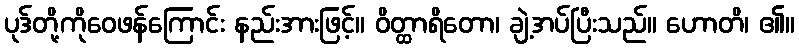
ပုဒ်တို့ကိုဝေဖန်ကြောင်း နည်းအားဖြင့်။ ဝိတ္ထာရိတော၊ ချဲ့အပ်ပြီးသည်။ ဟောတိ၊ ၏။